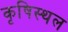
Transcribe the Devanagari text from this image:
कृषिस्थल